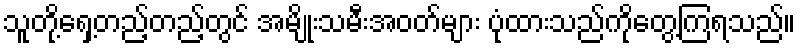
သူတို့ရှေ့တည့်တည့်တွင် အမျိုးသမီးအဝတ်များ ပုံထားသည်ကိုတွေ့ကြရသည်။